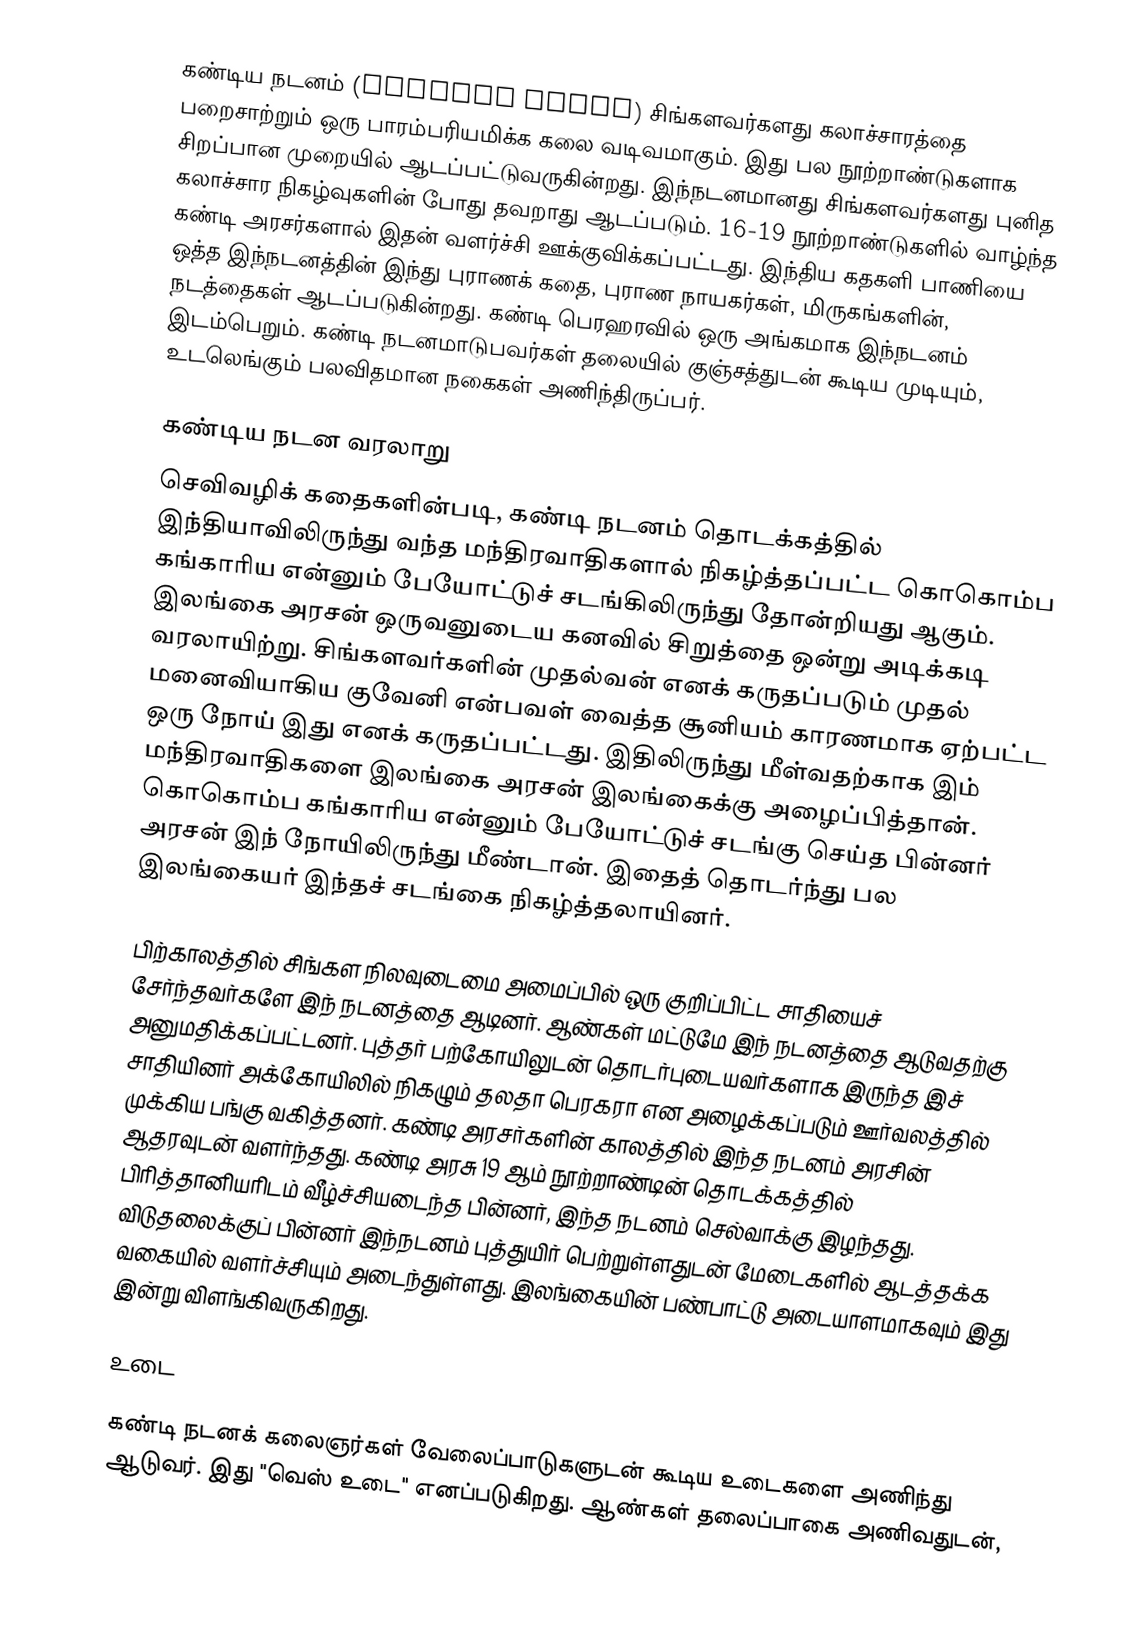
கண்டிய நடனம் (Kandyan dance) சிங்களவர்களது கலாச்சாரத்தை பறைசாற்றும் ஒரு பாரம்பரியமிக்க கலை வடிவமாகும்.  இது பல நூற்றாண்டுகளாக சிறப்பான முறையில் ஆடப்பட்டுவருகின்றது.  இந்நடனமானது சிங்களவர்களது புனித கலாச்சார நிகழ்வுகளின் போது தவறாது ஆடப்படும். 16-19 நூற்றாண்டுகளில் வாழ்ந்த கண்டி அரசர்களால் இதன் வளர்ச்சி ஊக்குவிக்கப்பட்டது. இந்திய கதகளி பாணியை ஒத்த இந்நடனத்தின் இந்து புராணக் கதை, புராண நாயகர்கள், மிருகங்களின், நடத்தைகள் ஆடப்படுகின்றது.  கண்டி பெரஹரவில் ஒரு அங்கமாக இந்நடனம் இடம்பெறும். கண்டி நடனமாடுபவர்கள் தலையில் குஞ்சத்துடன் கூடிய முடியும், உடலெங்கும் பலவிதமான நகைகள் அணிந்திருப்பர்.

கண்டிய நடன வரலாறு
செவிவழிக் கதைகளின்படி, கண்டி நடனம் தொடக்கத்தில் இந்தியாவிலிருந்து வந்த மந்திரவாதிகளால் நிகழ்த்தப்பட்ட கொகொம்ப கங்காரிய என்னும் பேயோட்டுச் சடங்கிலிருந்து தோன்றியது ஆகும். இலங்கை அரசன் ஒருவனுடைய கனவில் சிறுத்தை ஒன்று அடிக்கடி வரலாயிற்று. சிங்களவர்களின் முதல்வன் எனக் கருதப்படும் முதல் மனைவியாகிய குவேனி என்பவள் வைத்த சூனியம் காரணமாக ஏற்பட்ட ஒரு நோய் இது எனக் கருதப்பட்டது. இதிலிருந்து மீள்வதற்காக இம் மந்திரவாதிகளை இலங்கை அரசன் இலங்கைக்கு அழைப்பித்தான். கொகொம்ப கங்காரிய என்னும் பேயோட்டுச் சடங்கு செய்த பின்னர் அரசன் இந் நோயிலிருந்து மீண்டான். இதைத் தொடர்ந்து பல இலங்கையர் இந்தச் சடங்கை நிகழ்த்தலாயினர்.

பிற்காலத்தில் சிங்கள நிலவுடைமை அமைப்பில் ஒரு குறிப்பிட்ட சாதியைச் சேர்ந்தவர்களே இந் நடனத்தை ஆடினர். ஆண்கள் மட்டுமே இந் நடனத்தை ஆடுவதற்கு அனுமதிக்கப்பட்டனர். புத்தர் பற்கோயிலுடன் தொடர்புடையவர்களாக இருந்த இச் சாதியினர் அக்கோயிலில் நிகழும் தலதா பெரகரா என அழைக்கப்படும் ஊர்வலத்தில் முக்கிய பங்கு வகித்தனர். கண்டி அரசர்களின் காலத்தில் இந்த நடனம் அரசின் ஆதரவுடன் வளர்ந்தது. கண்டி அரசு 19 ஆம் நூற்றாண்டின் தொடக்கத்தில் பிரித்தானியரிடம் வீழ்ச்சியடைந்த பின்னர், இந்த நடனம் செல்வாக்கு இழந்தது. விடுதலைக்குப் பின்னர் இந்நடனம் புத்துயிர் பெற்றுள்ளதுடன் மேடைகளில் ஆடத்தக்க வகையில் வளர்ச்சியும் அடைந்துள்ளது. இலங்கையின் பண்பாட்டு அடையாளமாகவும் இது இன்று விளங்கிவருகிறது.

உடை

கண்டி நடனக் கலைஞர்கள் வேலைப்பாடுகளுடன் கூடிய உடைகளை அணிந்து ஆடுவர். இது "வெஸ் உடை" எனப்படுகிறது. ஆண்கள் தலைப்பாகை அணிவதுடன்,